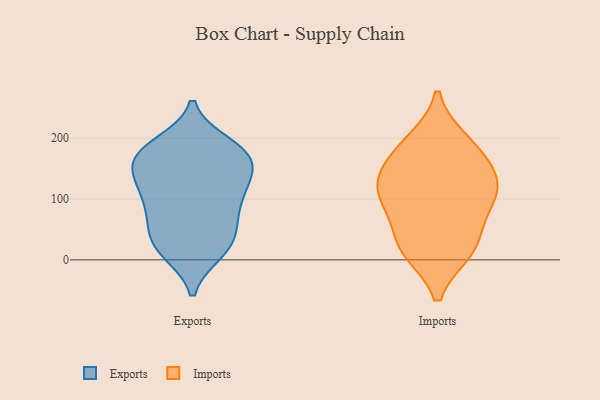
{"axis": {"x": "Budget (USD K)", "y": "Value"}, "legend": ["Exports", "Imports"], "data": [{"x": "", "y": 135, "type": "Exports"}, {"x": "", "y": 30, "type": "Exports"}, {"x": "", "y": 109, "type": "Exports"}, {"x": "", "y": 174, "type": "Exports"}, {"x": "", "y": 159, "type": "Exports"}, {"x": "", "y": 134, "type": "Exports"}, {"x": "", "y": 121, "type": "Exports"}, {"x": "", "y": 72, "type": "Exports"}, {"x": "", "y": 17, "type": "Exports"}, {"x": "", "y": 177, "type": "Exports"}, {"x": "", "y": 190, "type": "Exports"}, {"x": "", "y": 19, "type": "Exports"}, {"x": "", "y": 70, "type": "Exports"}, {"x": "", "y": 13, "type": "Exports"}, {"x": "", "y": 165, "type": "Exports"}, {"x": "", "y": 185, "type": "Exports"}, {"x": "", "y": 81, "type": "Exports"}, {"x": "", "y": 111, "type": "Exports"}, {"x": "", "y": 168, "type": "Exports"}, {"x": "", "y": 45, "type": "Exports"}, {"x": "", "y": 118, "type": "Imports"}, {"x": "", "y": 153, "type": "Imports"}, {"x": "", "y": 109, "type": "Imports"}, {"x": "", "y": 17, "type": "Imports"}, {"x": "", "y": 23, "type": "Imports"}, {"x": "", "y": 153, "type": "Imports"}, {"x": "", "y": 188, "type": "Imports"}, {"x": "", "y": 63, "type": "Imports"}, {"x": "", "y": 111, "type": "Imports"}, {"x": "", "y": 15, "type": "Imports"}, {"x": "", "y": 195, "type": "Imports"}, {"x": "", "y": 100, "type": "Imports"}]}